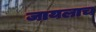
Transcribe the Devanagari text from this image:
जायलाच